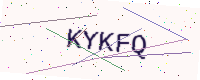
Text: KYKFQ